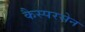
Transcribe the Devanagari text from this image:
कैस्परसेन